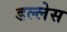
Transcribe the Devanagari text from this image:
डल्लेस